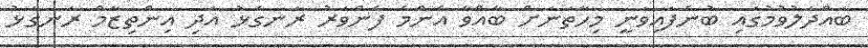
ބައްދަލުވުމުގައި ބުނެފައިވަނީ މިހާތަނަށް ބާއްވާ އެންމެ ފެންވަރު ރަނގަޅު އަދި އިންތިޒާމް ރަނގަޅު